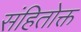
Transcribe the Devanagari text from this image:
संहितोक्त